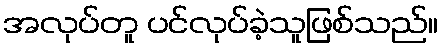
အလုပ်တူ ပင်လုပ်ခဲ့သူဖြစ်သည်။